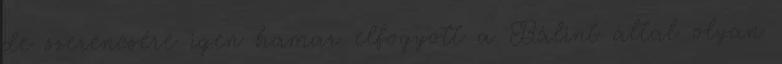
de szerencsére igen hamar elfogyott a Bálint által olyan